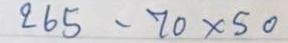
265 - 70 x 50